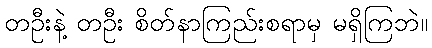
တဦးနဲ့ တဦး စိတ်နာကြည်းစရာမှ မရှိကြဘဲ။